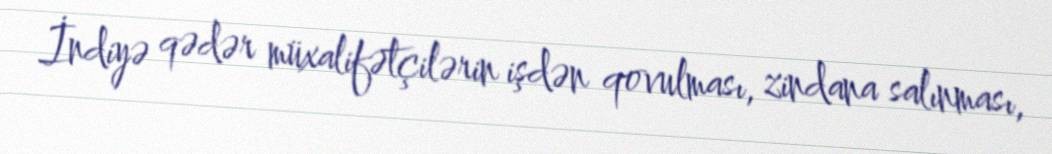
İndiyə qədər müxalifətçilərin işdən qovulması, zindana salınması,